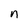
Character: n